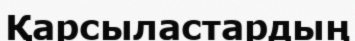
Қарсыластардың